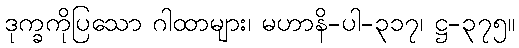
ဒုက္ခကိုပြသော ဂါထာများ၊ မဟာနိ-ပါ-၃၁၇၊ ဋ္ဌ-၃၇၅။